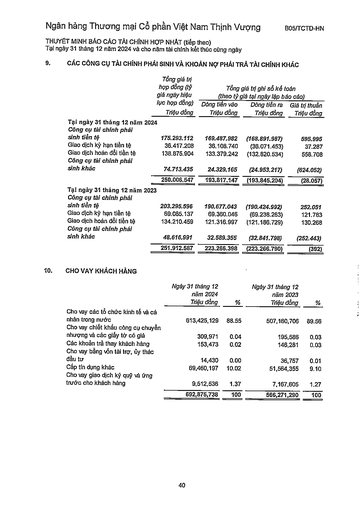
||Tổng giá trị hợp đồng (tỷ giá ngày hiệu|Tổng (theo tỷ|giá trị ghi sổ kế giá tại ngày lập báo|toán cáo)| |---|---|---|---|---| ||lực hợp đồng) Triệu đồng|Dòng tiền vào Triệu đồng|Dòng tiền ra Triệu đồng|Giá trị thuần Triệu đồng| |Tại ngày 31 tháng 12 năm 2024||||| |Công cụ tài chính phái sinh tiền tệ|175.293.112|169.487.982|(168.891.987)|595,995| |Giao dịch kỳ hạn tiền tệ|36.417.208|36.108.740|(36.071.453)|37.287| |Giao dịch hoán đổi tiền tệ|138.875.904|133.379.242|(132.820.534)|558.708| |Công cụ tài chính phái sinh khác|74.713.435|24.329.165|(24.953.217)|(624.052)| ||250.006.547|193.817.147|(193.845.204)|(28.057)| |Tại ngày 31 tháng 12 năm 2023||||| |Công cụ tài chính phái sinh tiền tệ|203.295.596|190.677.043|(190.424.992)|252.051| |Giao dịch kỳ hạn tiền tệ|69,085,137|69.360.046|(69.238.263)|121.783| |Giao dịch hoán đổi tiền tệ|134.210.459|121.316.997|(121.186.729)|130.268| |Công cụ tài chính phái sinh khác|48.616.991|32.589.355|(32.841.798)|(252.443)| ||251.912.587|223.266.398|(223.266.790)|(392)| ||Ngày 31 tháng 12 năm 2024 Triệu đồng|%|Ngày 31 tháng 12 năm 2023 Triệu đồng|%| |---|---|---|---|---| |Cho vay các tổ chức kinh tế và cá nhân trong nước|613,425,129|88.55|507,160,706|89.56| |Cho vay chiết khấu công cụ chuyển nhượng và các giấy tờ có giá|309,971|0.04|195,586|0.03| |Các khoản trả thay khách hàng|153,473|0.02|146,281|0.03| |Cho vay bằng vốn tài trợ, ủy thác đầu tư|14,430|0.00|36,757|0.01| |Cấp tín dụng khác|69,460,197|10.02|51,564,355|9.10| |Cho vay giao dịch ký quỹ và ứng trước cho khách hàng|9,512,536|1.37|7,167,605|1.27| ||692,875,738|100|566,271,290|100|